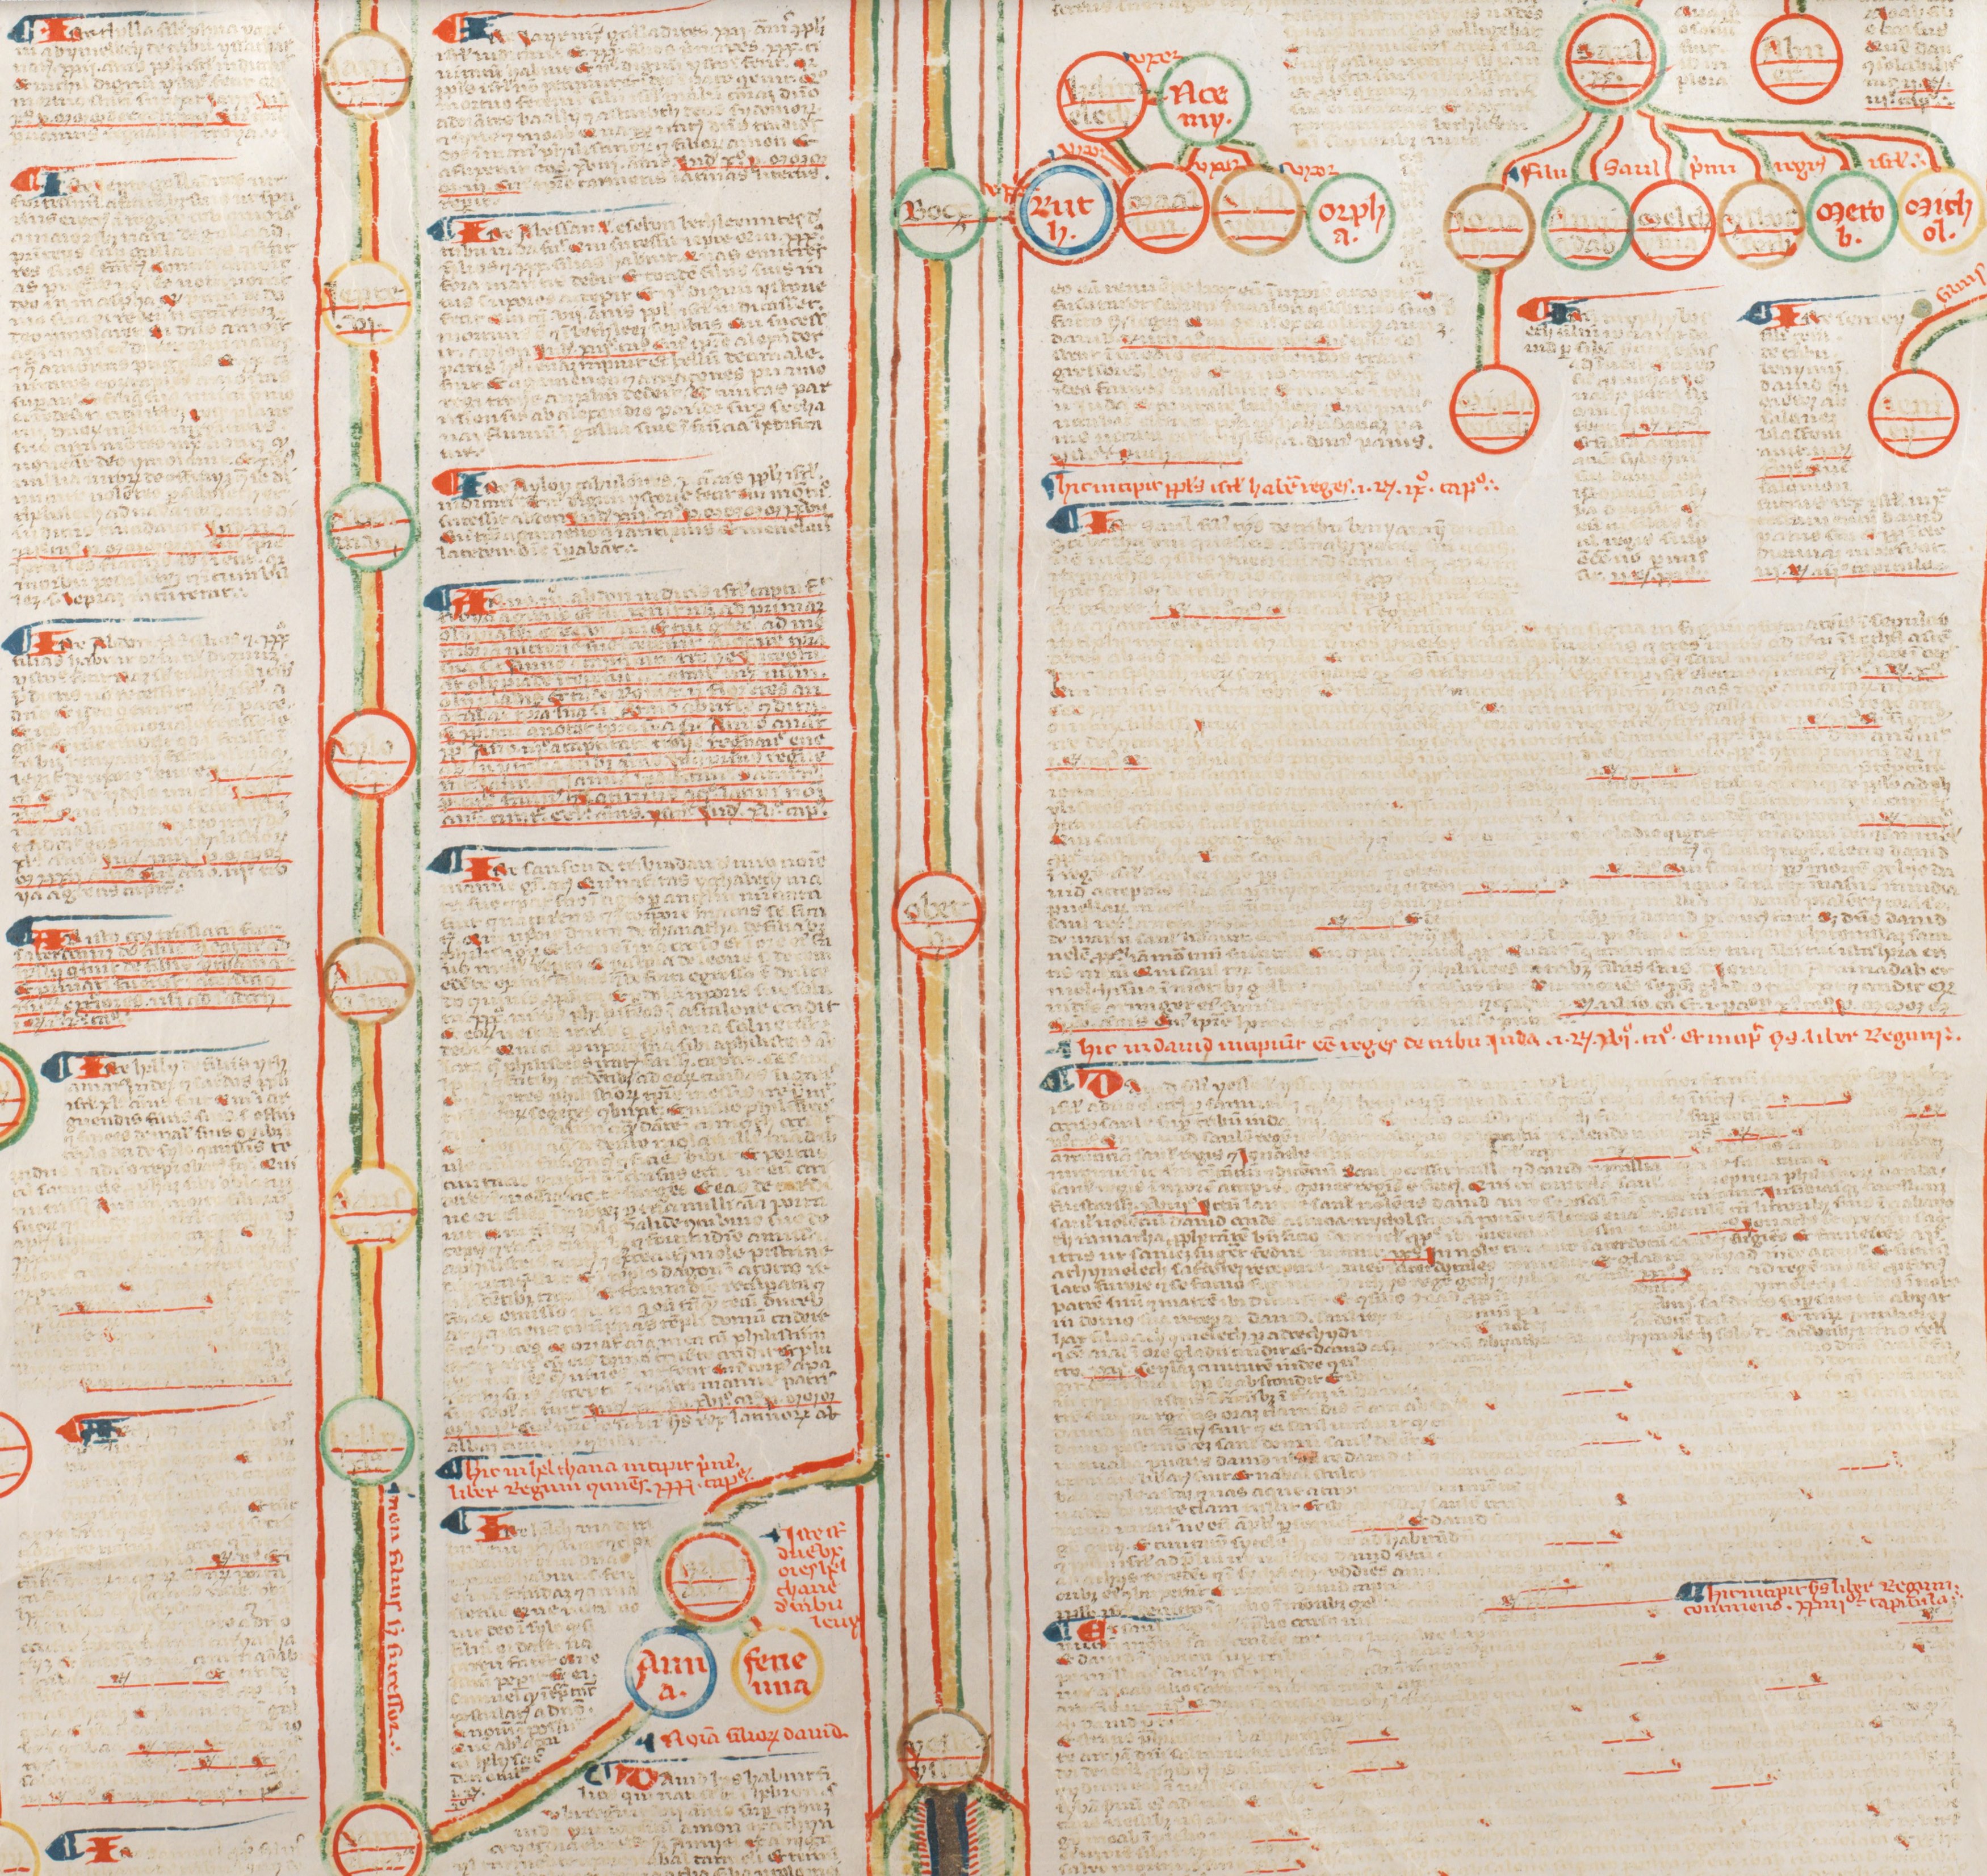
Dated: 1350–1399